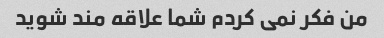
من فکر نمی کردم شما علاقه مند شوید